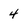
Character: 4